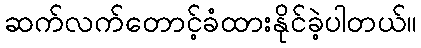
ဆက်လက်တောင့်ခံထားနိုင်ခဲ့ပါတယ်။